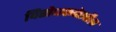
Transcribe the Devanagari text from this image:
विरोधकदेखील